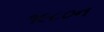
૧૯૮૦ન